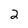
Character: 2